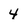
Character: 4